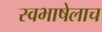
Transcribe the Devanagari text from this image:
स्वभाषेलाच